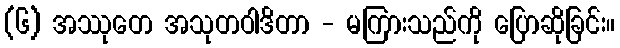
(၆) အဿုတေ အသုတဝါဒိတာ - မကြားသည်ကို ပြောဆိုခြင်း။